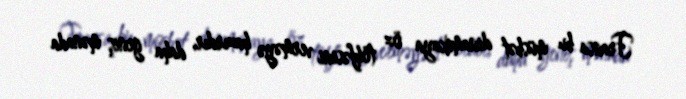
Fransa bu müsbət dinamikaya öz töhfəsini verməyə hazırdır, daha geniş mənada